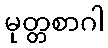
မုတ္တစာဂါ